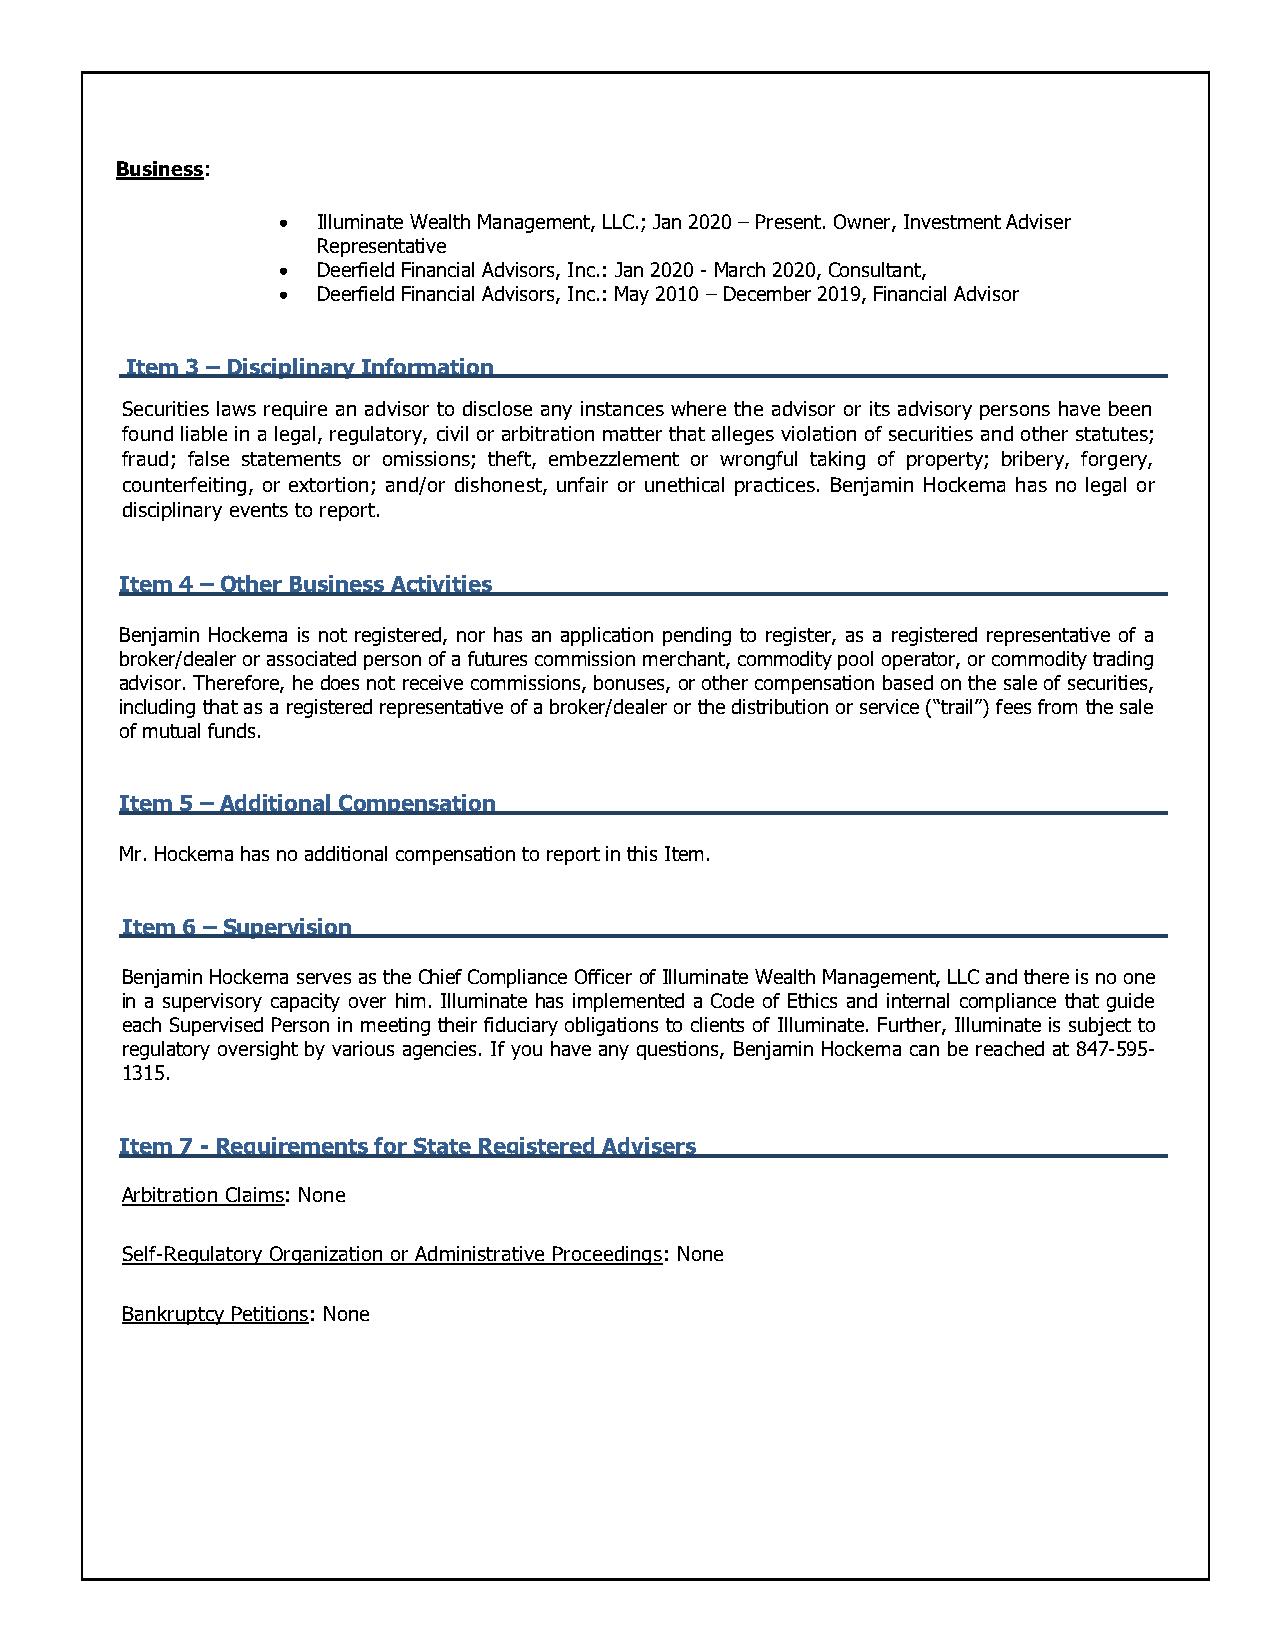
Business:
 •  Illuminate Wealth Management, LLC.; Jan 2020 – Present. Owner, Investment Adviser
 Representative
 •  Deerfield Financial Advisors, Inc.: Jan 2020 - March 2020, Consultant,
 •  Deerfield Financial Advisors, Inc.: May 2010 – December 2019, Financial Advisor
 Item 3 – Disciplinary Information
 Securities laws require an advisor to disclose any instances where the advisor or its advisory persons have been
 found liable in a legal, regulatory, civil or arbitration matter that alleges violation of securities and other statutes;
 fraud; false statements or omissions; theft, embezzlement or wrongful taking of property; bribery, forgery,
 counterfeiting, or extortion; and/or dishonest, unfair or unethical practices. Benjamin Hockema has no legal or
 disciplinary events to report.
 Item 4 – Other Business Activities
 Benjamin Hockema is not registered, nor has an application pending to register, as a registered representative of a
 broker/dealer or associated person of a futures commission merchant, commodity pool operator, or commodity trading
 advisor. Therefore, he does not receive commissions, bonuses, or other compensation based on the sale of securities,
 including that as a registered representative of a broker/dealer or the distribution or service (“trail”) fees from the sale
 of mutual funds.
 Item 5 – Additional Compensation
 Mr. Hockema has no additional compensation to report in this Item.
 Item 6 – Supervision
 Benjamin Hockema serves as the Chief Compliance Officer of Illuminate Wealth Management, LLC and there is no one
 in a supervisory capacity over him. Illuminate has implemented a Code of Ethics and internal compliance that guide
 each Supervised Person in meeting their fiduciary obligations to clients of Illuminate. Further, Illuminate is subject to
 regulatory oversight by various agencies. If you have any questions, Benjamin Hockema can be reached at 847-595-
 1315.
 Item 7 - Requirements for State Registered Advisers
 Arbitration Claims: None
 Self-Regulatory Organization or Administrative Proceedings: None
 Bankruptcy Petitions: None